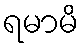
ရမာမိ